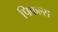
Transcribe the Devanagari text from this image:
पिकल्स